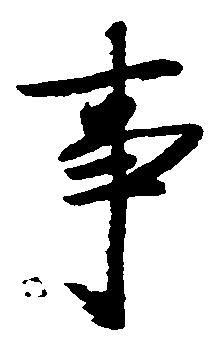
事